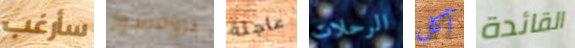
سأرغب بروفسور عاجلة الرحلات آكل القائدة